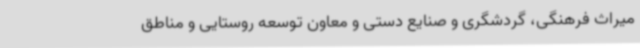
میراث فرهنگی،‌ گردشگری و صنایع دستی و معاون توسعه روستایی و مناطق